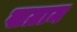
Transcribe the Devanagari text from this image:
खग्राम